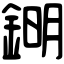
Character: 𨧹